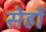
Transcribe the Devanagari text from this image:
सेहों